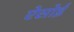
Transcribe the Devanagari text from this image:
ऐसोई